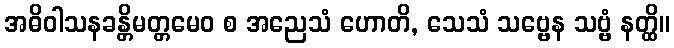
အဓိဝါသနခန္တိမတ္တမေဝ စ အညေသံ ဟောတိ, သေသံ သဗ္ဗေန သဗ္ဗံ နတ္ထိ။